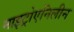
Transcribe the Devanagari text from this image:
नाइट्रोएनिलीन